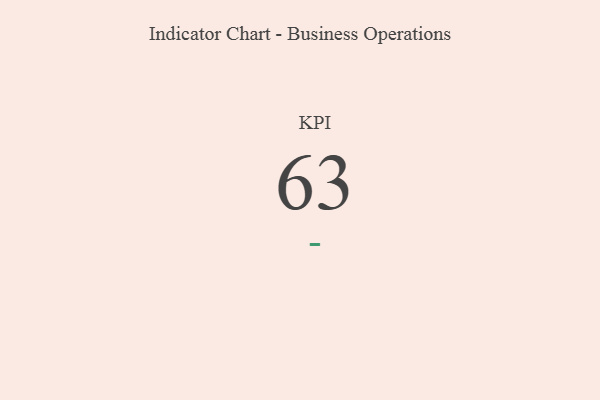
{"axis": {"x": "KPI", "y": "Value"}, "legend": [""], "data": [{"x": "KPI", "y": 63, "type": ""}]}